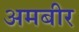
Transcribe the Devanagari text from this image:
अमबीर